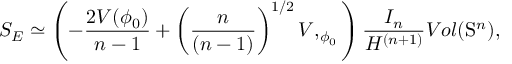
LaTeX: S _ { E } \simeq \left( - \frac { 2 { \cal V } ( \phi _ { 0 } ) } { n - 1 } + \left( \frac { n } { ( n - 1 ) } \right) ^ { 1 / 2 } { \cal V } , _ { \phi _ { 0 } } \right) \frac { I _ { n } } { H ^ { ( n + 1 ) } } V o l ( \mathrm { S } ^ { n } ) ,